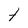
Character: t